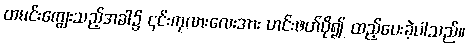
ထမင်းကျွေးသည့်အခါ၌ ၎င်းကုလားလေးအား ဟင်းဖတ်ပို၍ ထည့်ပေးခဲ့ပါသည်။